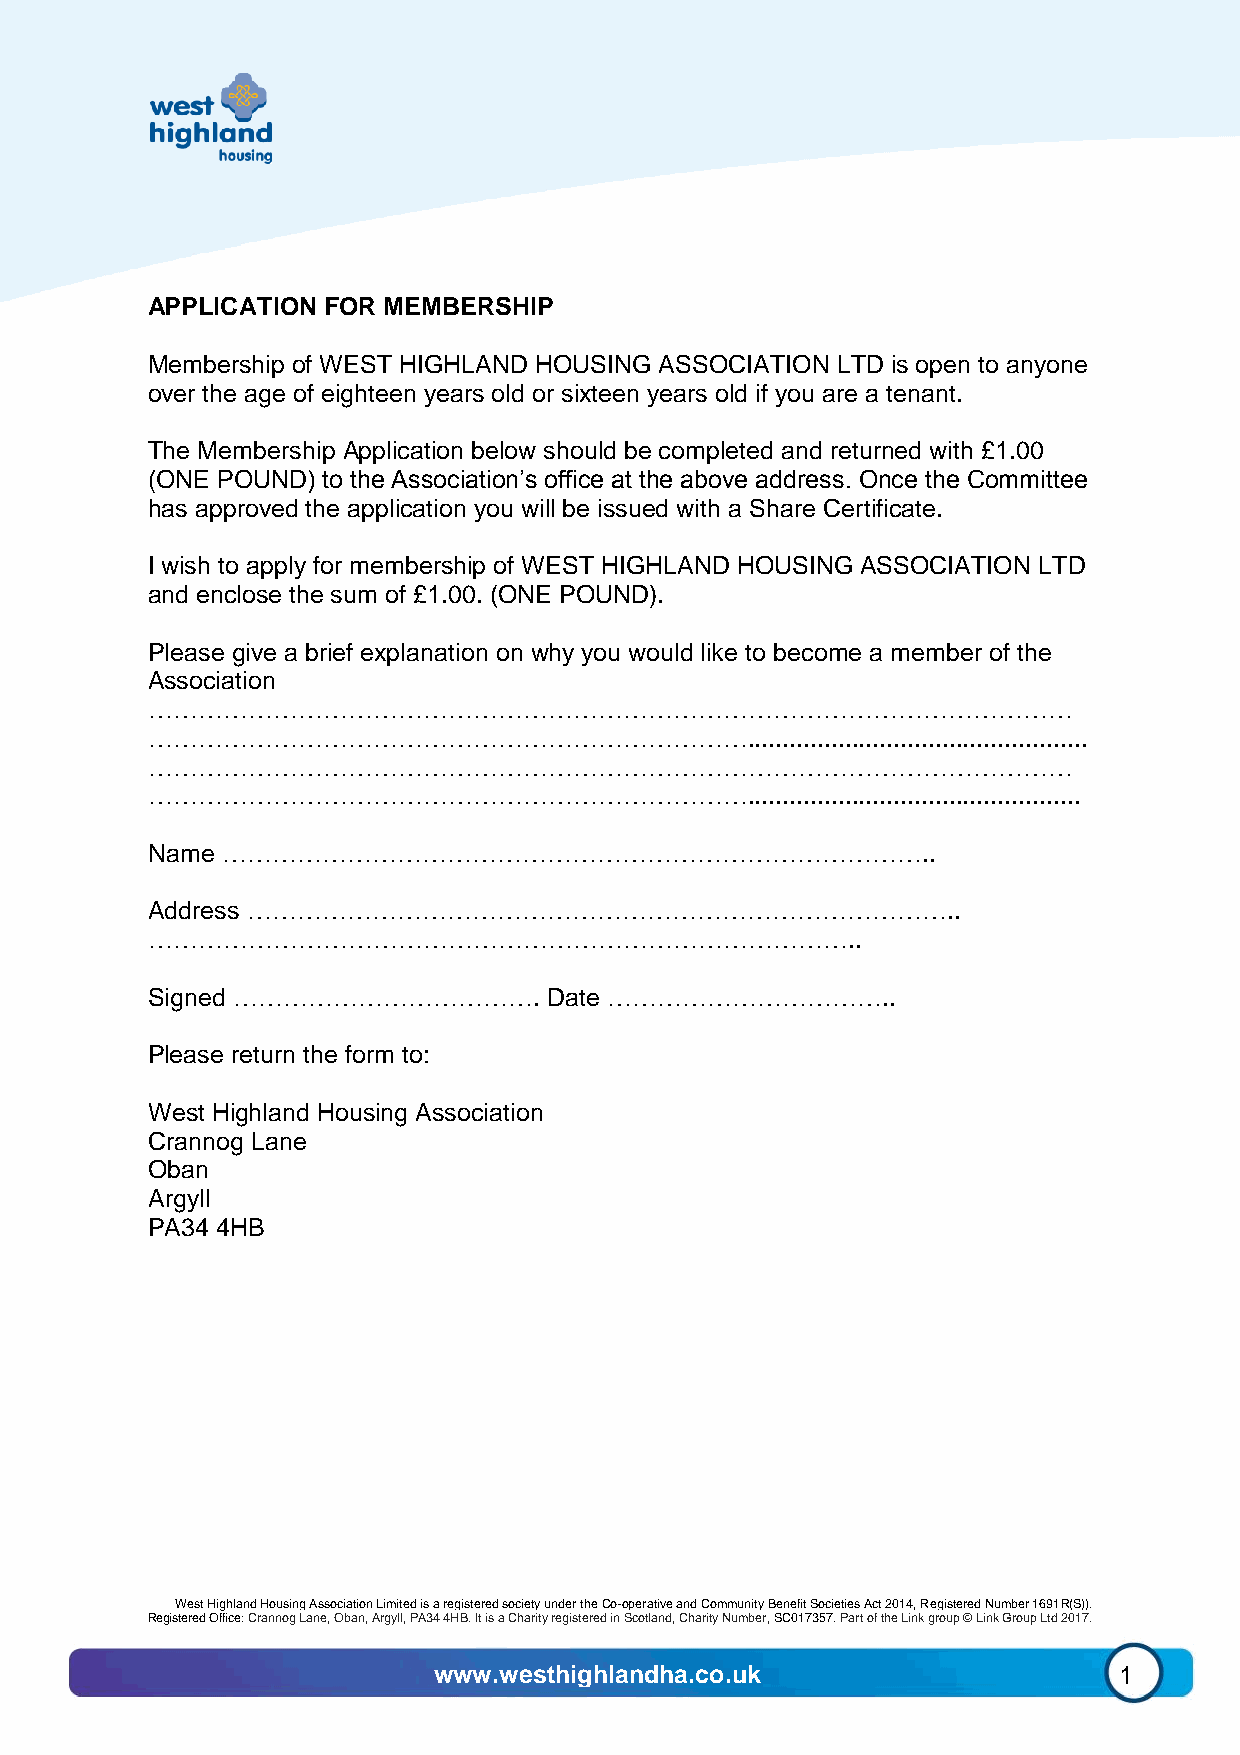
APPLICATION FOR MEMBERSHIP
 Membership of WEST HIGHLAND HOUSING ASSOCIATION LTD is open to anyone
 over the age of eighteen years old or sixteen years old if you are a tenant.
 The Membership Application below should be completed and returned with £1.00
 (ONE POUND) to the Association’s office at the above address. Once the Committee
 has approved the application you will be issued with a Share Certificate.
 I wish to apply for membership of WEST HIGHLAND HOUSING ASSOCIATION LTD
 and enclose the sum of £1.00. (ONE POUND).
 Please give a brief explanation on why you would like to become a member of the
 Association
 …………………………………………………………………………………………………
 ……………………………………………………………….................................................
 …………………………………………………………………………………………………
 ………………………………………………………………................................................
 Name …………………………………………………………………………..
 Address …………………………………………………………………………..
 …………………………………………………………………………..
 Signed ……………………………….      Date ……………………………..
 Please return the form to:
 West Highland Housing Association
 Crannog Lane
 Oban
 Argyll
 PA34 4HB
 West Highland Housing Association Limited is a registered society under the Co-operative and Community Benefit Societies Act 2014, Registered Number 1691R(S)).
 Registered Office: Crannog Lane, Oban, Argyll, PA34 4HB. It is a Charity registered in Scotland, Charity Number, SC017357. Part of the Link group © Link Group Ltd 2017.
 www.westhighlandha.co.uk                     1